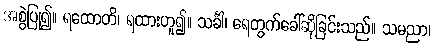
အစွဲပြု၍။ ရထောတိ၊ ရထားဟူ၍။ သင်္ခါ၊ ရေတွက်ခေါ်ဆိုခြင်းသည်။ သမညာ၊